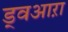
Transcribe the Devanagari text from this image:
ड्वआऱा